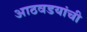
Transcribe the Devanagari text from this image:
आठवडयांची